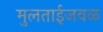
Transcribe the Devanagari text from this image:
मुलताईजवळ